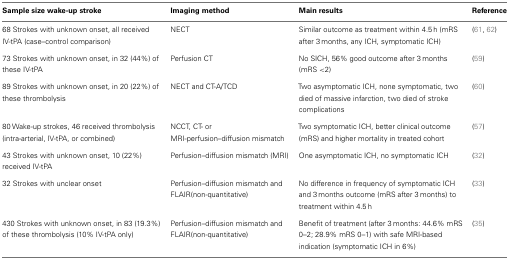
| Sample size wake-up stroke | Imaging method | Main results | Reference |
 | --- | --- | --- | --- |
 | 68 Strokes with unknown onset, all received IV-tPA (case–control comparison) | NECT | Similar outcome as treatment within 4.5 h (mRS after 3 months, any ICH, symptomatic ICH) | (61, 62) |
 | 73 Strokes with unknown onset, in 32 (44%) of these IV-tPA | Perfusion CT | No SICH, 56% good outcome after 3 months (mRS <2) | (59) |
 | 89 Strokes with unknown onset, in 20 (22%) of these thrombolysis | NECT and CT-A/TCD | Two asymptomatic ICH, none symptomatic, two died of massive infarction, two died of stroke complications | (60) |
 | 80 Wake-up strokes, 46 received thrombolysis (intra-arterial, IV-tPA, or combined) | NCCT, CT- or MRI-perfusion–diffusion mismatch | Two symptomatic ICH, better clinical outcome (mRS) and higher mortality in treated cohort | (57) |
 | 43 Strokes with unknown onset, 10 (22%) received IV-tPA | Perfusion–diffusion mismatch (MRI) | One asymptomatic ICH, no symptomatic ICH | (32) |
 | 32 Strokes with unclear onset | Perfusion–diffusion mismatch and FLAIR(non-quantitative) | No difference in frequency of symptomatic ICH and 3 months outcome (mRS after 3 months) to treatment within 4.5 h | (33) |
 | 430 Strokes with unknown onset, in 83 (19.3%) of these thrombolysis (10% IV-tPA only) | Perfusion–diffusion mismatch and FLAIR(non-quantitative) | Benefit of treatment (after 3 months: 44.6% mRS 0–2; 28.9% mRS 0–1) with safe MRI-based indication (symptomatic ICH in 6%) | (35) |